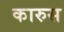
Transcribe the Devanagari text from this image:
कारुस